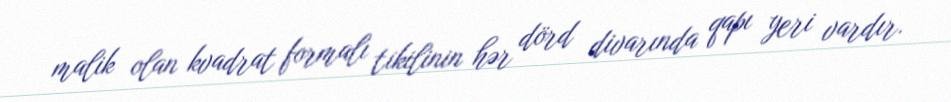
malik olan kvadrat formalı tikilinin hər dörd divarında qapı yeri vardır.